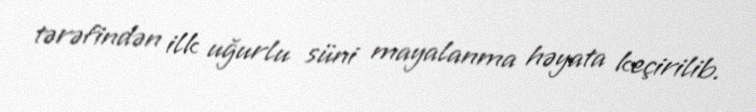
tərəfindən ilk uğurlu süni mayalanma həyata keçirilib.